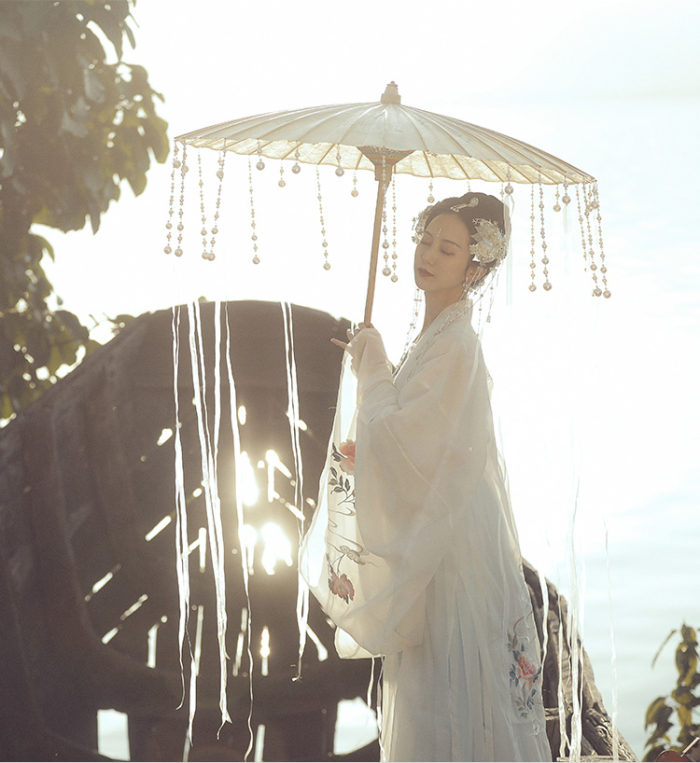
恼乱横波秋一寸。斜阳只与黄昏近。